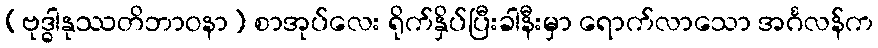
(ဗုဒ္ဓါနုဿတိဘာဝနာ) စာအုပ်လေး ရိုက်နှိပ်ပြီးခါနီးမှာ ရောက်လာသော အင်္ဂလန်က